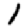
Digit: 1